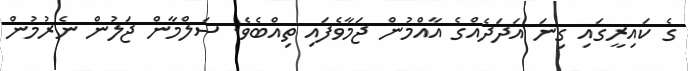
ގެ ކައިރީގައި ގިނަ އަދަދެއްގެ އާއްމުން ޖަމާވެފައި ތިއްބެވެ. ސަލްމާން ޖަލުން ނެރުމުން